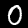
Digit: 0